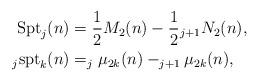
LaTeX: \begin{align*}\mbox{Spt}_j(n) &= \frac{1}{2} M_2(n) - {\frac{1}{2}} {_{j+1}N_2(n)},\\_{j}\mbox{spt}_{k}(n) &= _{j}\mu_{2k}(n) - _{j+1}\mu_{2k}(n),\end{align*}